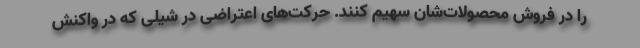
را در فروش محصولات‌شان سهیم کنند. حرکت‌های اعتراضی در شیلی که در واکنش